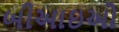
બીઆઇઓ